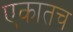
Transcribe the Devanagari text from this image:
एकातच